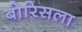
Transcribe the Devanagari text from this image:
बोरिसला